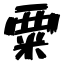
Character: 粟